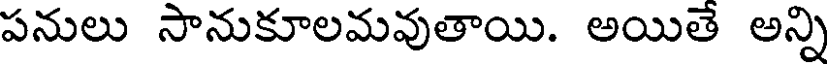
పనులు సానుకూలమవుతాయి. అయితే అన్ని